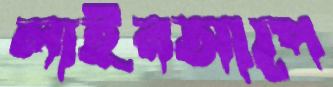
লাইনআপে